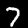
Digit: 7